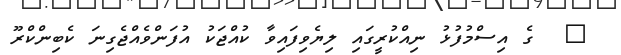
@  ގެ އިސްމުފުޅު ނިއްކުރީގައި ލިޔެވިފައިވާ ކުއްޖަކު އުފަންވެއްޖެގިނަ ކެބިންކްރޫ